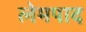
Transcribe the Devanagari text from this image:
लेमपाद